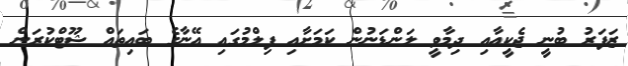
ޒަފަރު ބުނީ ޖެކީއާއި ދިމާވީ ލަންޑަނުން ކަމަށާއި ފިލްމުގައި އޭނާގެ ބައިތައް ޝޫޓްކުރަން